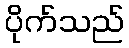
ပိုက်သည်